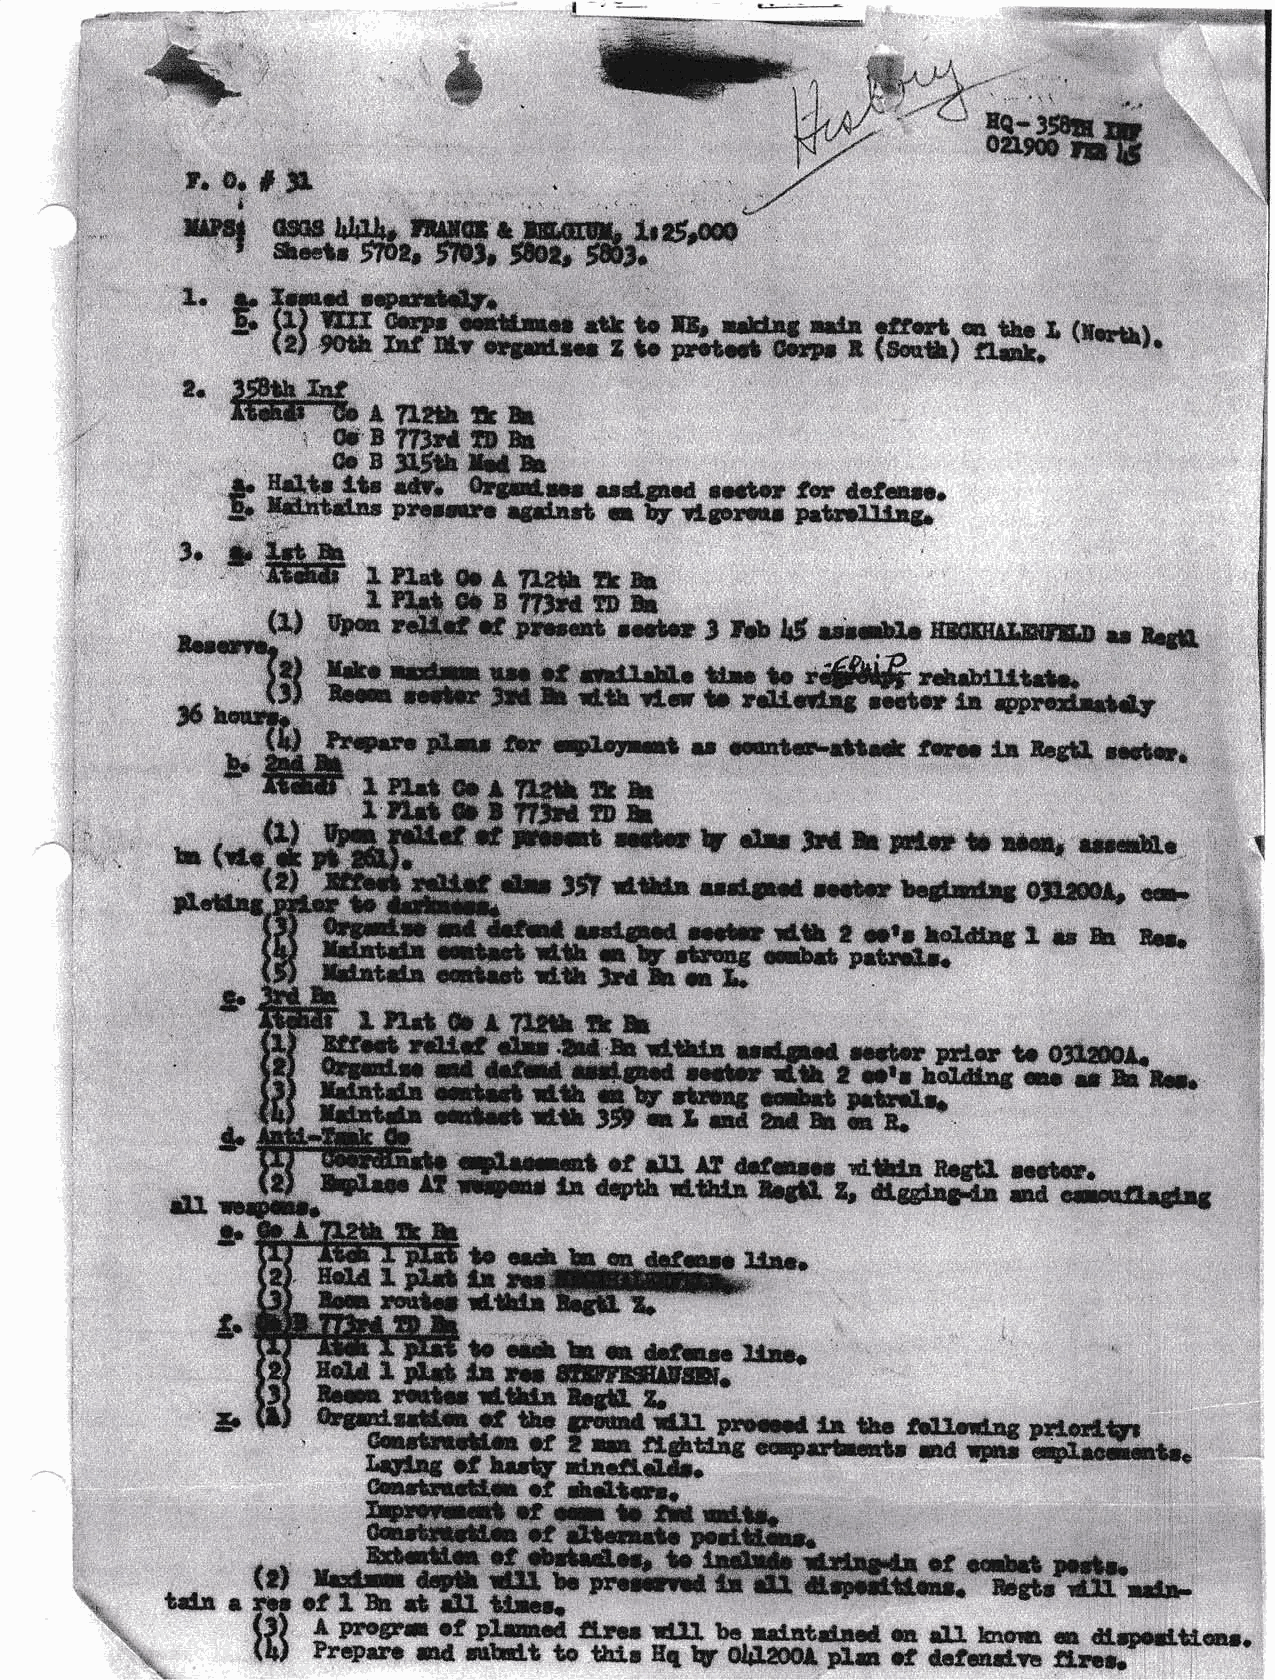
---*ryffid
 r.o.#!r'
 i
 xr*4           rrrrE r
 t @18 hltl&I
 &latr ifre, SF$
 t
 &.t
 *"             ffiH-cl  q    ra.r+$
 ge             ir srrd.ra Z tF o rrctrd eur1 rp1 {II l ($ $m'fl. e" )q fr lh ;Lc - f, (r6t\1.
 I.r
 dtll,E rd.8rrrl EtG     t
 Fnlor  OgUEnA.
 # rffi  {.*, I *ft b6;dry G. r ib ifn
 rtq8 ffi   lrt$.rr
 Er
 uEarieilfuun
 qarm_cf      rll' rr rhfarc !dE!
 RsEtl lcctm
 Enr    rE 6ryth dtttE Hl &  ei.sslls+r ua cmardrl*
 ffir
 w
 :          **w#iffiffi
 ".t